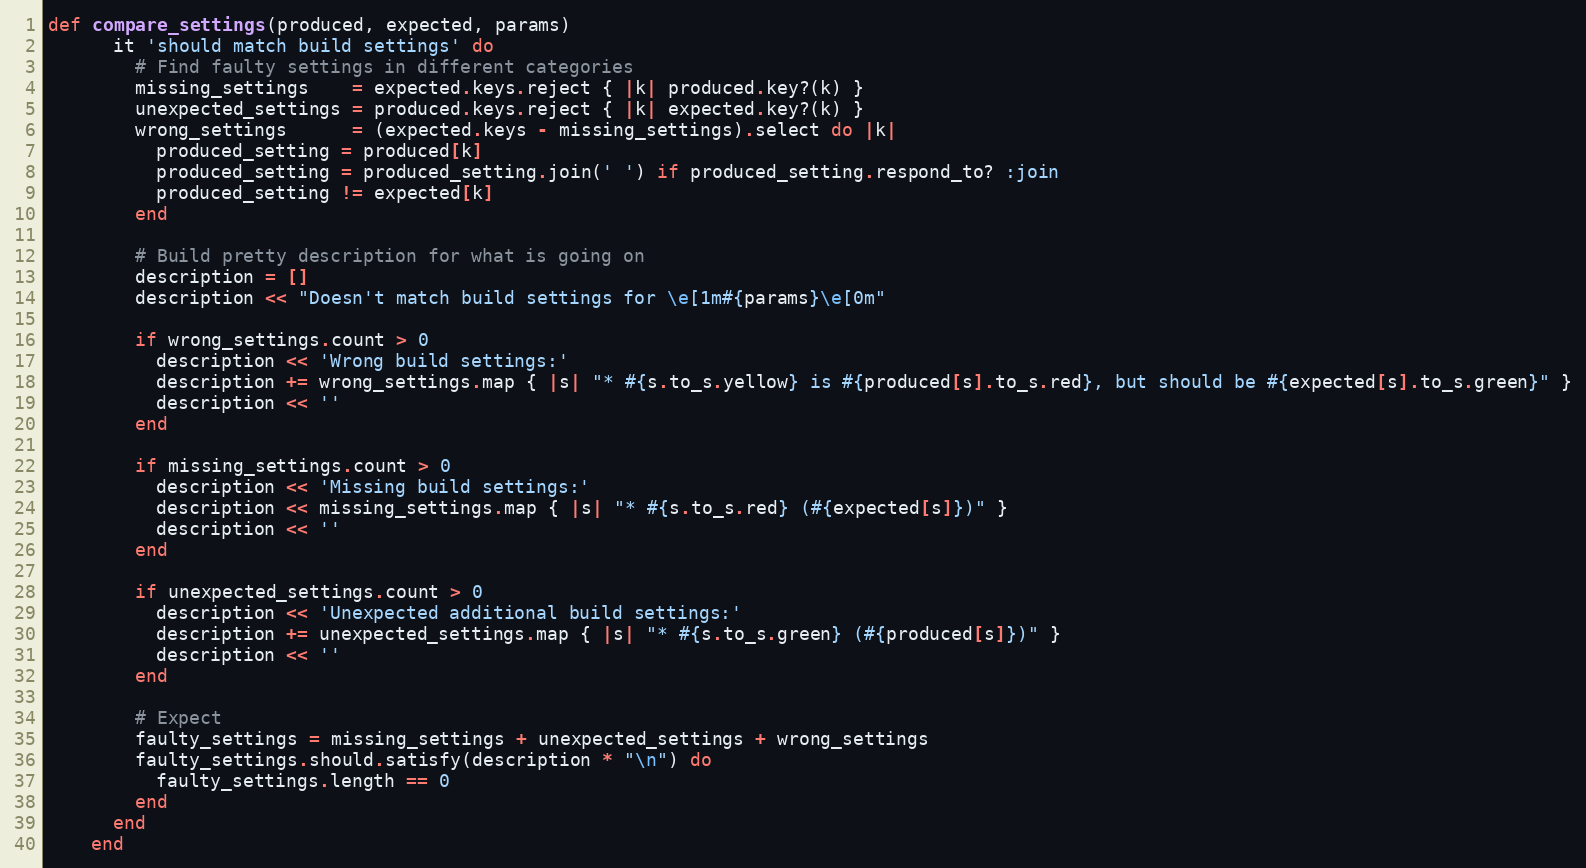
Language: Ruby
def compare_settings(produced, expected, params)
      it 'should match build settings' do
        # Find faulty settings in different categories
        missing_settings    = expected.keys.reject { |k| produced.key?(k) }
        unexpected_settings = produced.keys.reject { |k| expected.key?(k) }
        wrong_settings      = (expected.keys - missing_settings).select do |k|
          produced_setting = produced[k]
          produced_setting = produced_setting.join(' ') if produced_setting.respond_to? :join
          produced_setting != expected[k]
        end

        # Build pretty description for what is going on
        description = []
        description << "Doesn't match build settings for \e[1m#{params}\e[0m"

        if wrong_settings.count > 0
          description << 'Wrong build settings:'
          description += wrong_settings.map { |s| "* #{s.to_s.yellow} is #{produced[s].to_s.red}, but should be #{expected[s].to_s.green}" }
          description << ''
        end

        if missing_settings.count > 0
          description << 'Missing build settings:'
          description << missing_settings.map { |s| "* #{s.to_s.red} (#{expected[s]})" }
          description << ''
        end

        if unexpected_settings.count > 0
          description << 'Unexpected additional build settings:'
          description += unexpected_settings.map { |s| "* #{s.to_s.green} (#{produced[s]})" }
          description << ''
        end

        # Expect
        faulty_settings = missing_settings + unexpected_settings + wrong_settings
        faulty_settings.should.satisfy(description * "\n") do
          faulty_settings.length == 0
        end
      end
    end